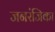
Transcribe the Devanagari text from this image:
जनरंजिका